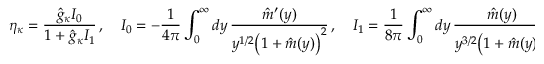
\eta _ { \kappa } = \frac { \hat { g } _ { \kappa } { \cal I } _ { 0 } } { 1 + \hat { g } _ { \kappa } { \cal I } _ { 1 } } \, , \quad { \cal I } _ { 0 } = - \frac { 1 } { 4 \pi } \int _ { 0 } ^ { \infty } d y \, \frac { \hat { m } ^ { \prime } ( y ) } { y ^ { 1 / 2 } \big ( 1 + \hat { m } ( y ) \big ) ^ { 2 } } \, , \quad { \cal I } _ { 1 } = \frac { 1 } { 8 \pi } \int _ { 0 } ^ { \infty } d y \, \frac { \hat { m } ( y ) } { y ^ { 3 / 2 } \big ( 1 + \hat { m } ( y ) \big ) ^ { 2 } } \, .